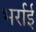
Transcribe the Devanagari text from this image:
भर्राई